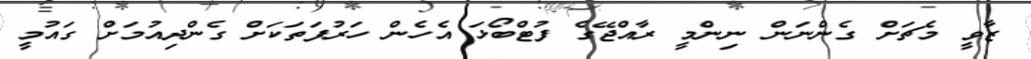
ޒާވީ މެޗަށް ގެންނަން ނިންމީ ރާއްޖޭގެ ފުޓްބޯޅަ އެހެން ހަރުފަތަކަށް ގެންދިއުމަށް ގައުމީ